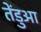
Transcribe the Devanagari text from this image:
तेंडुआ